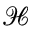
\mathcal { H }